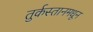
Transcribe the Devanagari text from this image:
तुर्कस्तानमधून